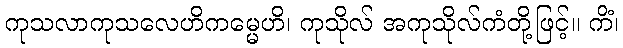
ကုသလာကုသလေဟိကမ္မေဟိ၊ ကုသိုလ် အကုသိုလ်ကံတို့ဖြင့်။ ကိံ၊